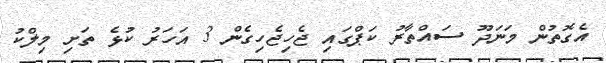
އެގޮތުން މަނަދޫ ސައްތާރު ކަޕްގައި ޖެހިޖެހިގެން 3 އަހަރު ކުޅެ ތަށި މިލްކު